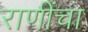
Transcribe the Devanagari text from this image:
राणींचा